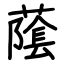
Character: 䕃